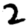
Digit: 2